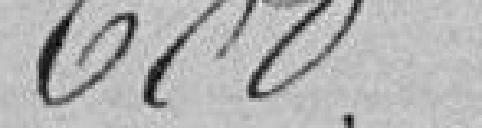
600